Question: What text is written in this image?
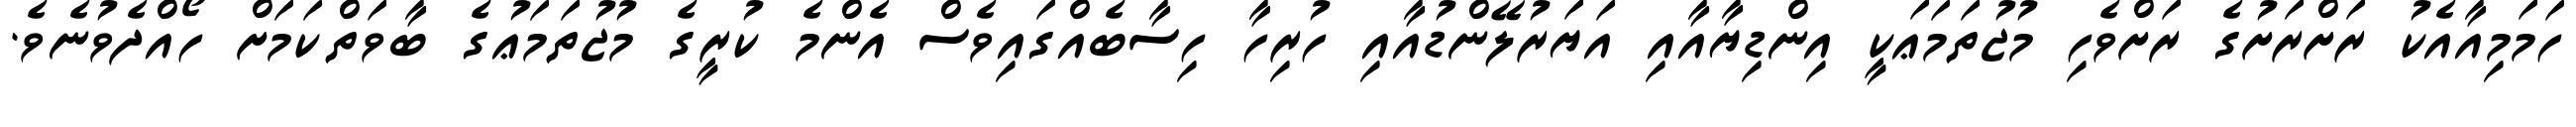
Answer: ހަމަމިއާއެކު ރަށްރަށުގެ ރަށްވެހި މުޖުތަމަޢަކީ އިންޑިޔާއާއި އަޔަރުލޭންޑުއާއި ހުރިހާ ހިސާބެއްގައިވެސް އެންމެ ކުރީގެ މުޖުތަމަޢުގެ ބާވަތްކަމަށް ހޯއްދެވުނެވެ.